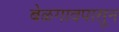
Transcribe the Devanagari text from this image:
बेळगावपासून